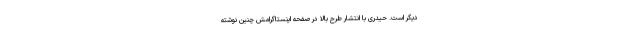
دیگر است. حیدری با انتشار طرح بالا در صفحه اینستاگرامش چنین نوشته